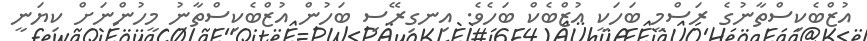
އުޒްބެކިސްތާނުގެ ރަސްމީ ބަހަކީ އުޒްބެކް ބަހެވެ. އިނގިރޭސި ބަހުން އުޒްބެކިސްތާނު މީހުންނަށް ކިޔަނީ